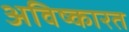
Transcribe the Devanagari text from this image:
अविष्कारत